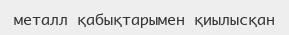
металл қабықтарымен қиылысқан